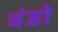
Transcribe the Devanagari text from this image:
बंडो